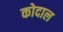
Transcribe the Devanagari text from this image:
कोदाल